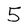
Character: 5